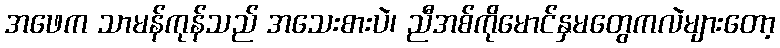
အဖေက သာမန်ကုန်သည် အသေးစားပဲ၊ ညီအစ်ကိုမောင်နှမတွေကလဲများတော့